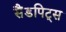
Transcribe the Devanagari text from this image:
सैंडपिट्स